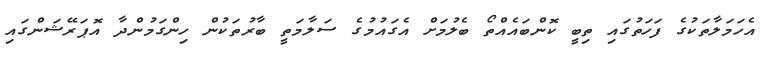
އެހަމަލާތަކުގެ ފަހަތުގައި ތިބީ ކޮންބައެއްތޯ ބެލުމަށް އެގައުމުގެ ސަލާމަތީ ބާރުތަކުން ހިންގަމުންދާ އޮޕަރޭޝަންގައި